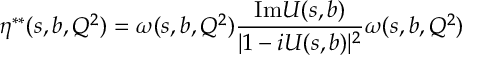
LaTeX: \eta ^ { * * } ( s , b , Q ^ { 2 } ) = \omega ( s , b , Q ^ { 2 } ) \frac { \mathrm { I m } U ( s , b ) } { | 1 - i U ( s , b ) | ^ { 2 } } \omega ( s , b , Q ^ { 2 } )